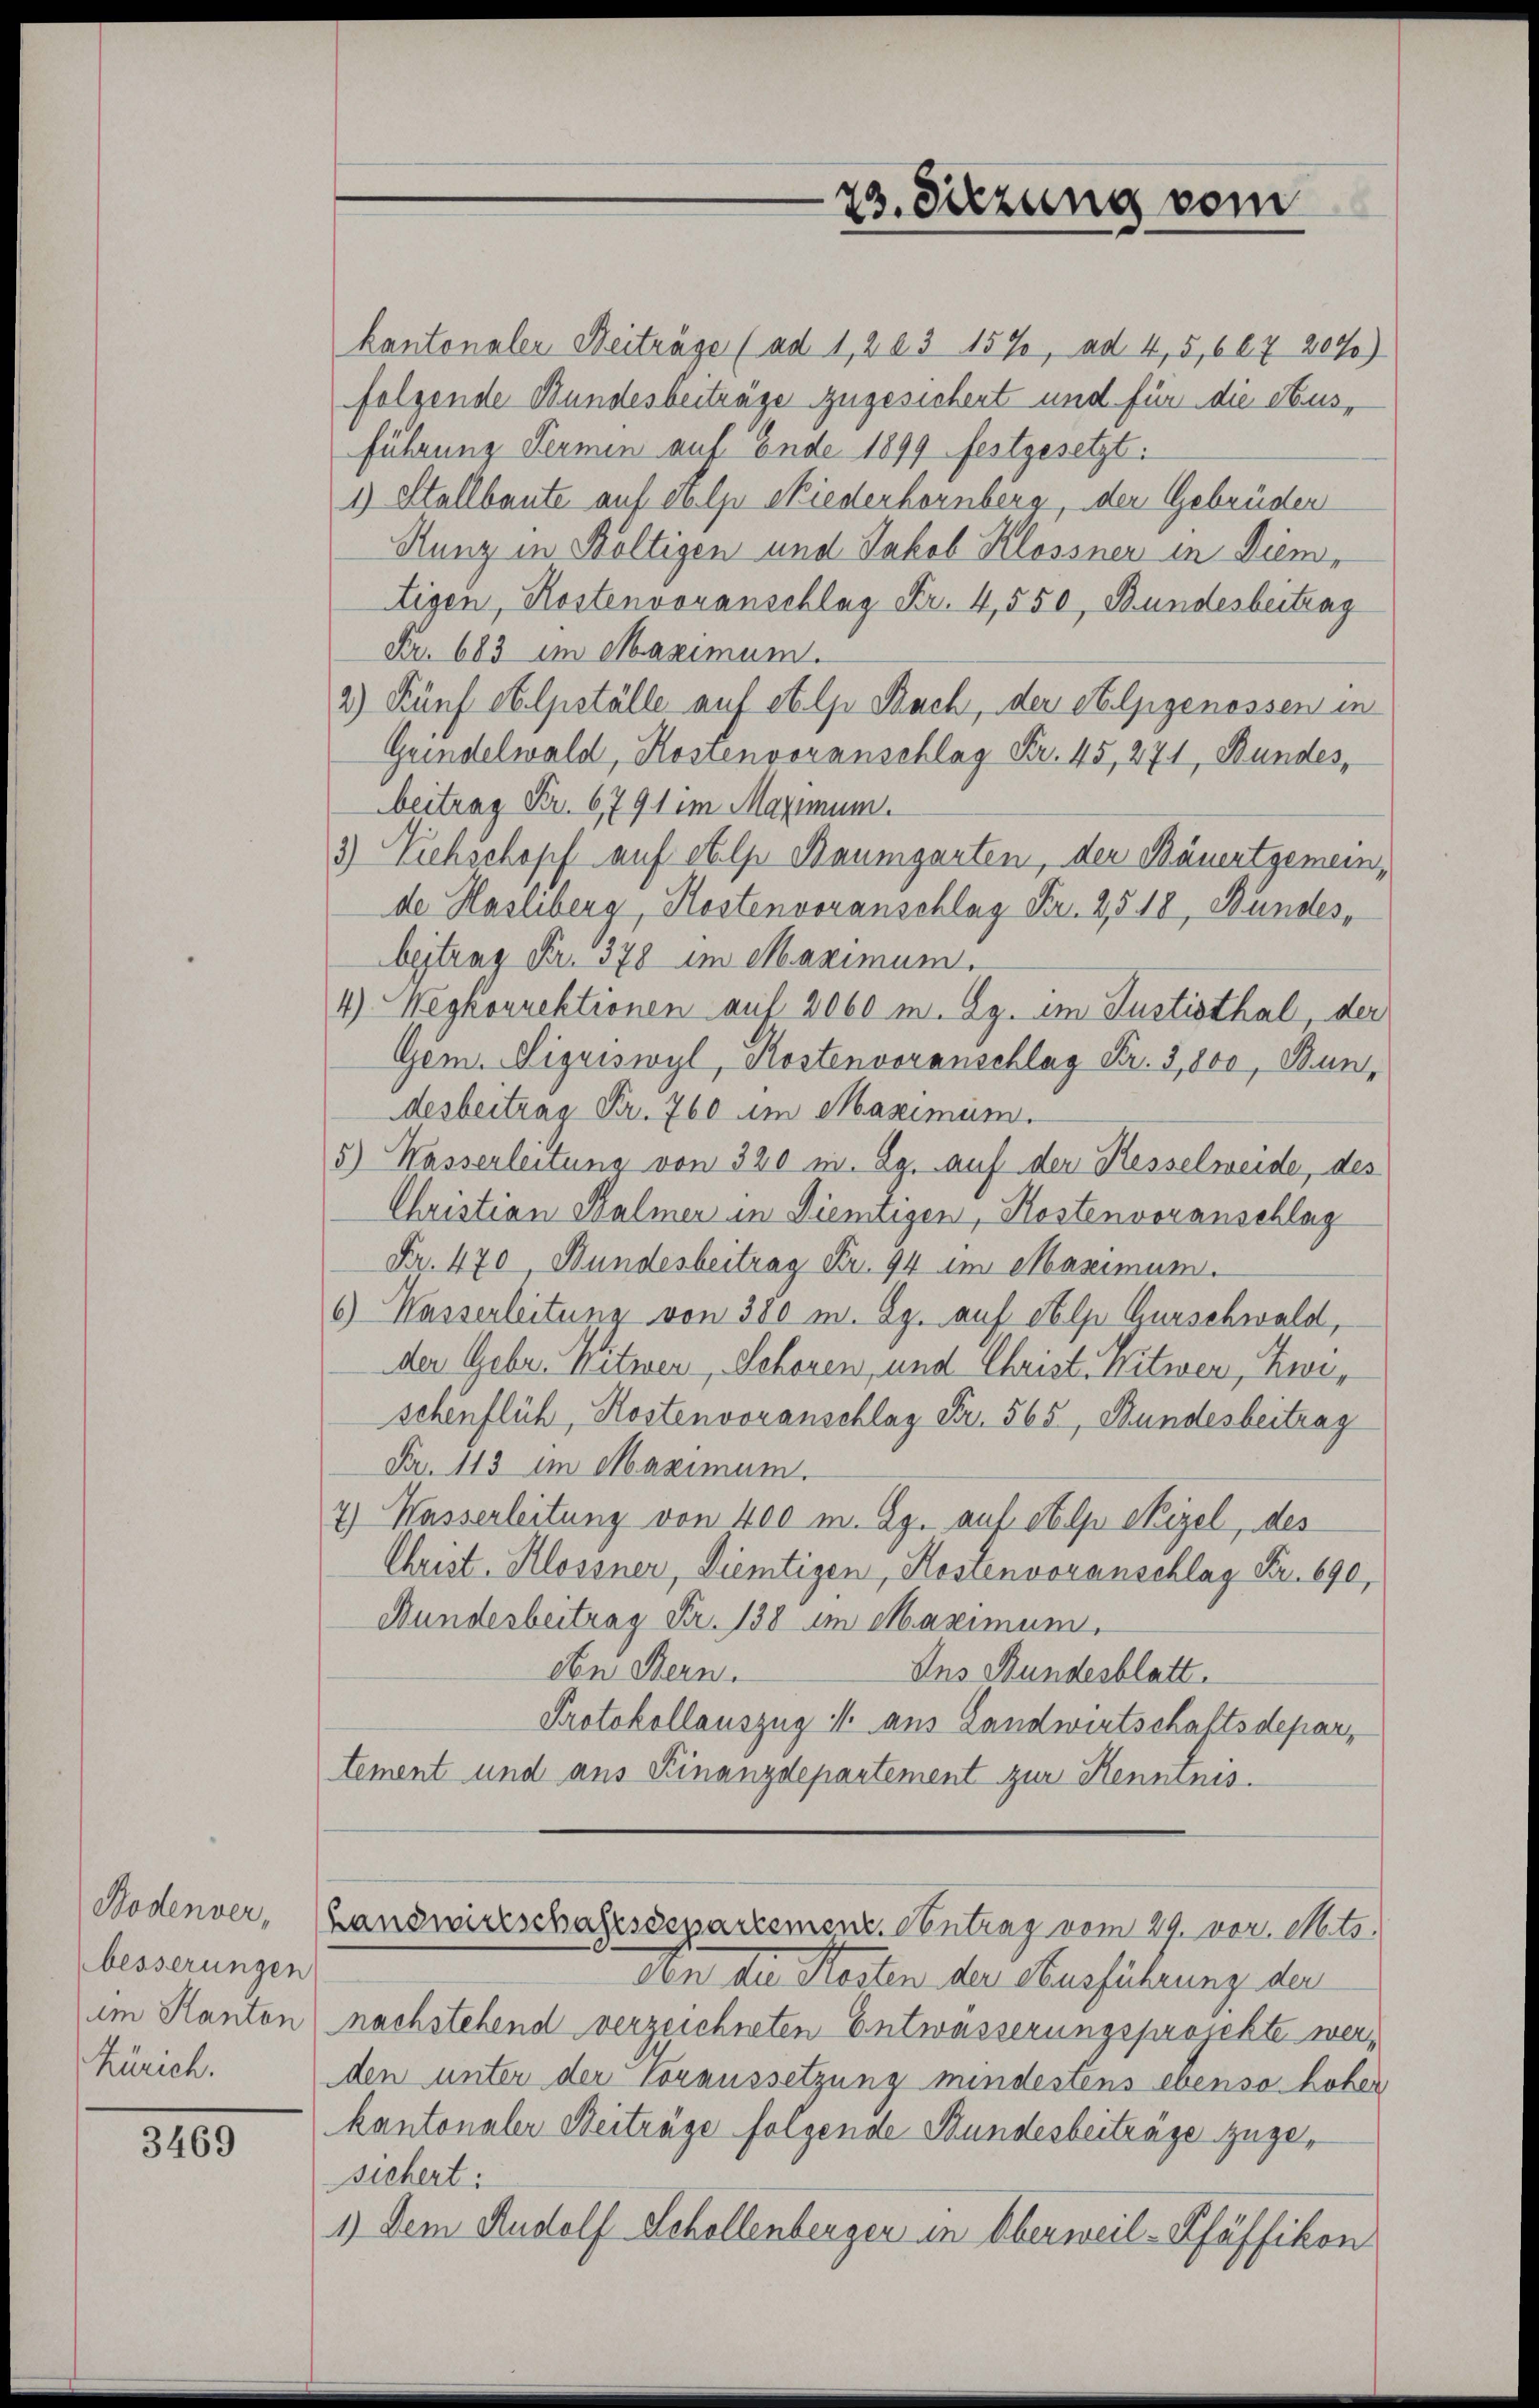
Bodenver,
besserungen
im Kanton
Zürich.

3469

kantonaler Beiträge (ad 1, 263 15%, ad 4, 5, 66. 7 207)
folgende Bundesbeitrage zugesichert und für die Ausführung Termin auf Ende 1899 festgesetzt.
1) Stallbaute auf Stelze siederhornberg, der Gebrüder
Kunz in Boltigen und Jakob Klossner in Dientigen, Kostenvoranschlag Fr. 4,550, Bundesbeitrag
Fr. 683 im Maximum.
2) Fünf Oblpställe auf et pr Bach, der Stolzgenossen in
Grindelwald, Kostenvoranschlag Fr. 45, 271, Bundes,
beitrag Fr. 6791 im Maximum.
3) Viehschopf auf ehlp Baumgarten, der Bäuertgemein,
de Hasliberg, Kostenvoranschlag Fr. 2518, Bundes,
beitrag Fr. 378 im Maximum.
4) Wegkorrektionen auf 2060 m. Ag. im Justisthal, der
Gem. Liquiswyl, Kostenvoranschlag Fr. 3,800, Bundesbeitrag Fr. 760 im Maximum.
5) Wasserleitung von 320 m. Ag. auf der Kesselweide, des
Christian Balmer in Dientigen, Kostenvoranschlag
Fr. 470 Bundesbeitrag Fr. 94 im Maximum.
6) Wasserleitung von 380 m. Bz. auf Alp Gurschwald,
der Gebr. Mitmen, Schonen, und Christ. Witwen, Zwischenflich, Kostenvoranschlag Fr. 565, Bundesbeitrag
Nr. 113 im Maximum.
7) Wasserleitung von 400 m. Ag. auf stel Sigel, des
Christ. Klossner, Diemtigen, Kostenvoranschlag Fr. 690,
Bundesbeitrag Fr. 138 im Maximum,
den Bern.
Ins Bundesblatt.
Protokollauszug M. aus Landwirtschaftsdepar
tement und aus Kinanzdepartement zur Kenntnis.
Landwirtschaftsdepartement. Antrag vom 29. vor. Mts.
den die Kosten der Ausführung der
nachstehend verzeichneten Entwässerungsprojekte werden unter der Voraussetzung mindestens ebenso hober
kantonaler Beiträge folgende Bundesbeiträge zugesichert:
1.) Dem Rudolf Schollenberger in Oberweil-Pfäffikon

23. Sitzung vom